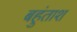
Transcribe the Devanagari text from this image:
बहुंताश